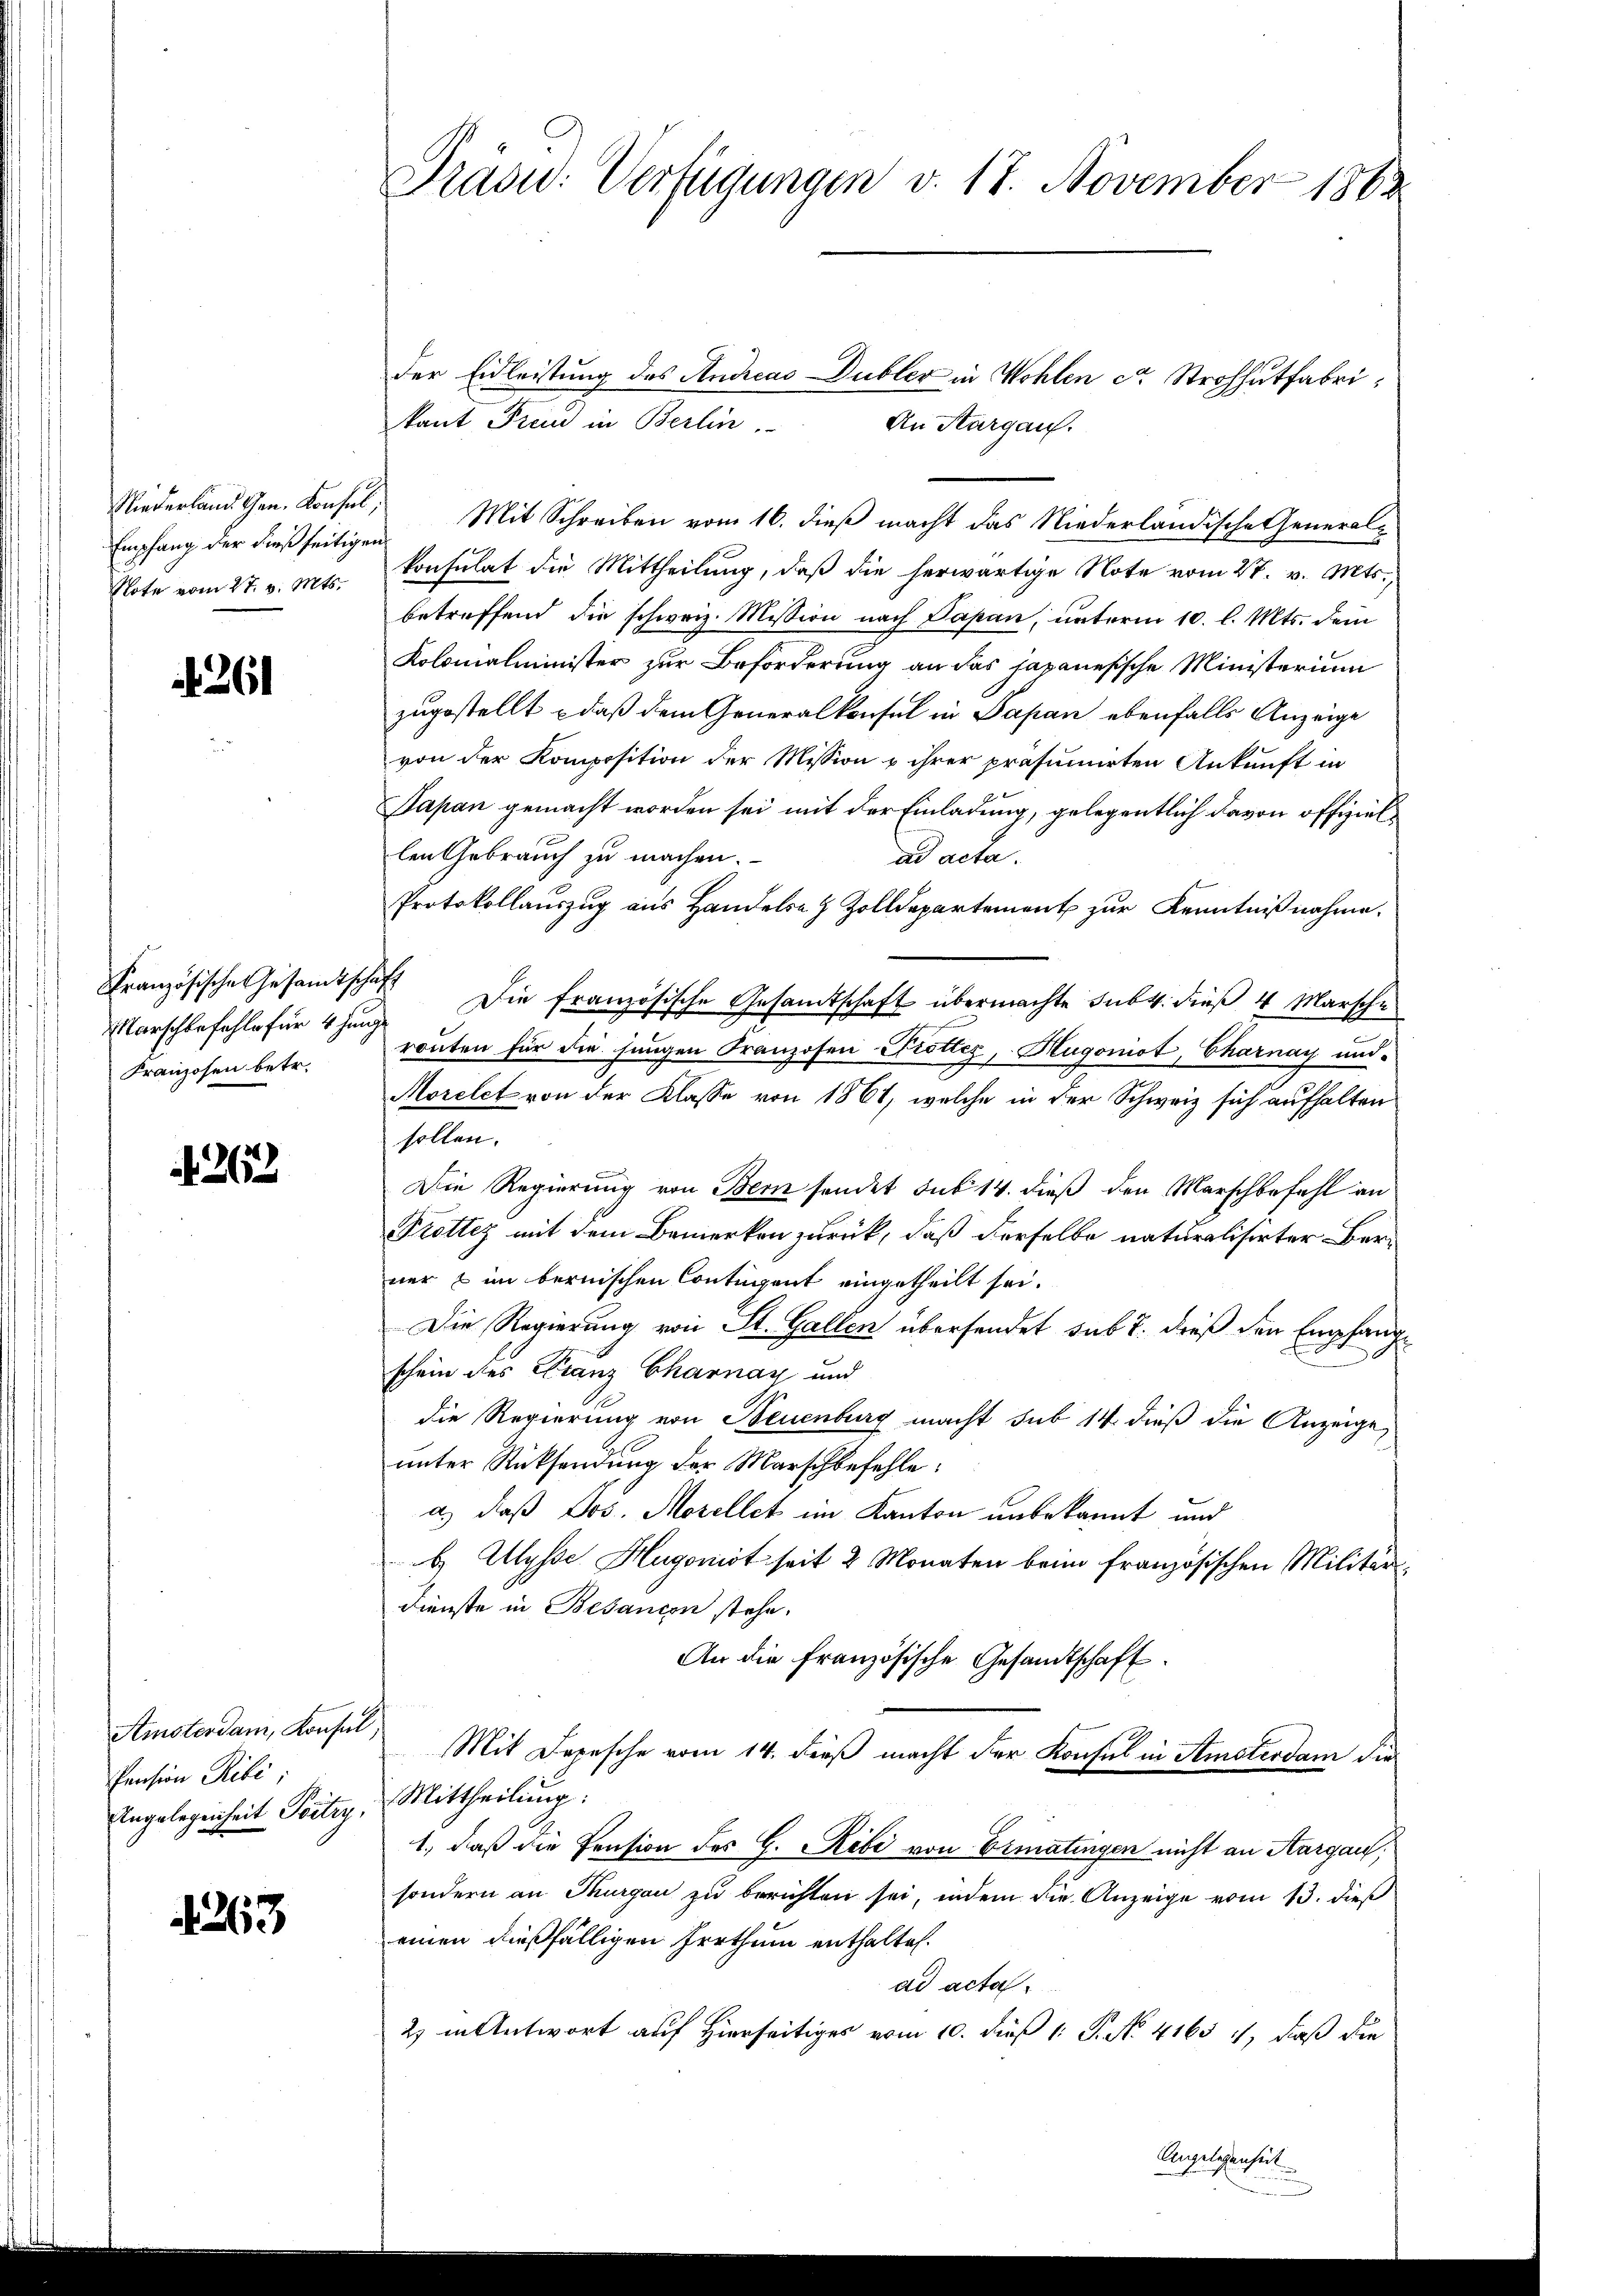
Empfang der dießseitigen
Note vom 27. v. Mts.

.261

Französische Gesandtsch.
Marschbefehle für 4 hi
Franzosen betr.

262

Amsterdam, Konsul
Pension Pili
Angelegenheit Poitry,

1263

Präsid. Verfügungen v. 17. November 1862

der Eidleistung des Andreas Dubler in Wohlen ca. Strohhutfabri
kant Freud in Berlin.
An Thurgau.
Niederland. Gen. Konsel, Mit Schreiben vom 16. dieß macht das Niederländische General-
f
konsulat die Mittheilung, daß die herwärtige Note vom 27. v. Mts.,
betreffend die schweiz. Mission nach Papan, unterm 10. l. Mts. dem
Kolomalminister zur Beforderung an das japanesische Ministerium
zugestellt daß dem Generalkonsul in Papan ebenfalls Anzeige
von der Komposition der Mission u ihrer präsumirten Ankunft in
Papan gemacht worden sei mit der Einladung, gelegentlich davon offiziellen Gebrauch zu machen.
ad acta.
Protokollauszug aus Handels- & Zolldepartement zur Kenntnißnahme.
h
Die französische Gesandtschaft übermachte sub 4. dieß 4 Marsche
rönten für die jungen Franzosen Prottes, Hugoniot, Charnay und
Morelet von der Klasse von 1861, welche in der Schweiz sich aufhalten
sollen.
Die Regierung von Bern sendet sub 14. dieß den Marschbefehl an
Prötter mit dem Bemerken zurück, daß derselbe naturalisirter Berner & im bernischen Contigent eingetheilt sei.
Die Regierung von St. Gallen übersendet sub 7. dieß den Empfang
schein des Franz Charnay und
die Regierung von Neuenburg macht sub 14 dieß die Anzeige,
unter Rücksendung der Marschbefehle:
a.) daß Jos. Morellet im Kanton unbekannt und
b Mysse Hugonist seit 2 Monaten beim französischen Militär¬
Dienste in Besancen stehe.
An die französische Gesandtschaft
Mit Depesche vom 14. dieß macht der Konsul in Amsterdam die
Mittheilung:
1., daß die Pension des G. Ribi von Ermatingen nicht an Aargau;
sondern an Thurgau zu berichten sei, indem die Anzeige vom 13. dieß
einen dießfälligen Irrthum enthalten.
ad acta
2) in Antwort auf Hierseitiges vom 10. dieß 1 S. N. 4165 i, daß die
Angelegenheit.